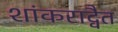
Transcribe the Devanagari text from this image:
शांकराद्वैत